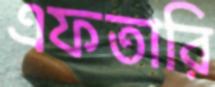
এফতারি